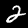
Label: 2